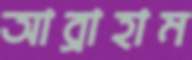
আব্রাহাম